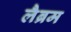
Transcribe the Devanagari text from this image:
लैब्रम